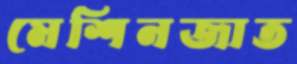
মেশিনজাত